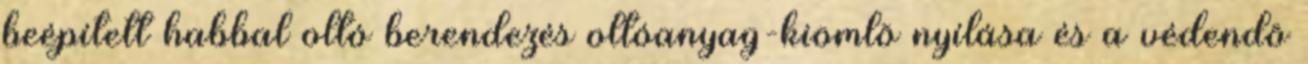
beépített habbal oltó berendezés oltóanyag-kiömlõ nyílása és a védendõ